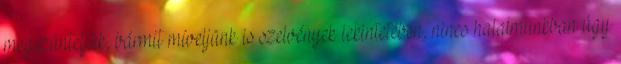
megszüntetjük, bármit míveljünk is szelvények tekintetében, nincs hatalmunkban úgy